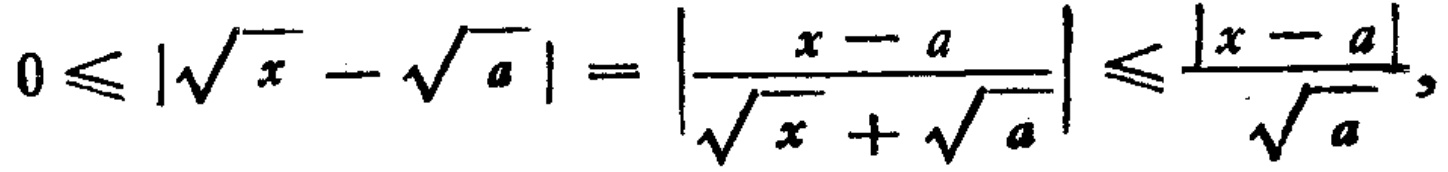
$0\leqslant|\sqrt{x}-\sqrt{a}|=\left|\frac{x - a}{\sqrt{x}+\sqrt{a}}\right|\leqslant\frac{|x - a|}{\sqrt{a}}$